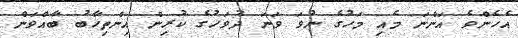
އެހެންވެ އަންނަ މެއި މަހުގެ ނުވަ ވަނަ ދުވަހުގެ ކުރިން އިންތިހާބު ބާއްވަން